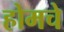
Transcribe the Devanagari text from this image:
होमचे